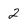
Character: 2